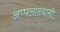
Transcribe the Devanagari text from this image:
अप्पलास्वामी